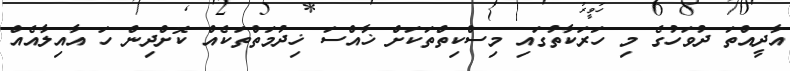
އާދީއްތަ ދުވަހުގެ މި ހަރަކާތުގައި މިސްކިތްތަކަށް ޚާއްސަ ޚިދުމަތްތަކެއް ކޮށްދިން ހަ އާއިލާއެއް